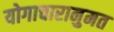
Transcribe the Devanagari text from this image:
योगाचारानुमत